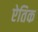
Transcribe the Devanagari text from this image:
ऐतिक